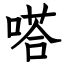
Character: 嗒